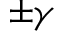
\pm \gamma